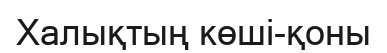
Халықтың көші-қоны